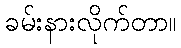
ခမ်းနားလိုက်တာ။